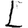
Digit: 1